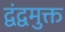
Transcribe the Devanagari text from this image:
द्वंद्वमुक्त